Indian journal of veterinary science and animal husbandry - Volume 1,
Year: 1931
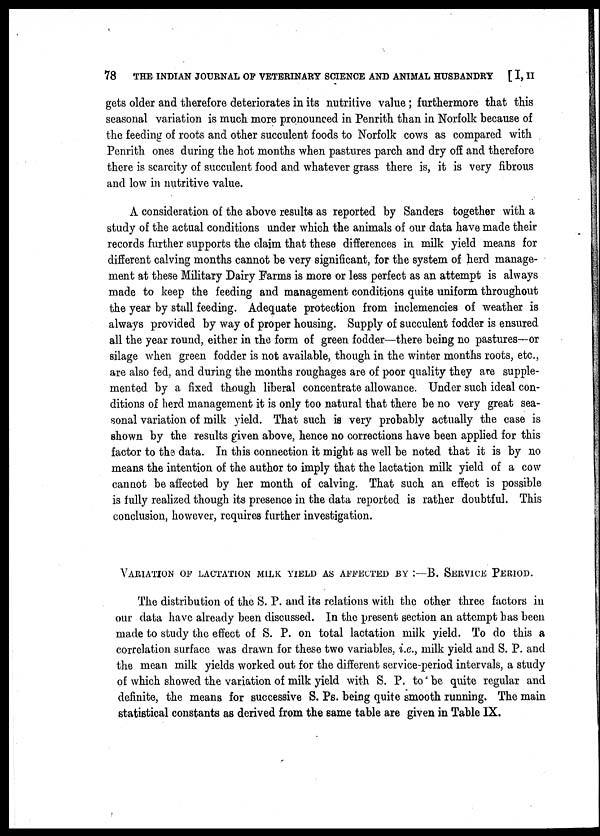
78 THE INDIAN JOURNAL OF VETERINARY SCIENCE AND ANIMAL HUSBANDRY [ I, II
gets older and therefore deteriorates in its nutritive value ; furthermore that this
seasonal variation is much more pronounced in Penrith than in Norfolk because of
the feeding of roots and other succulent foods to Norfolk cows as compared with
Penrith ones during the hot months when pastures parch and dry off and therefore
there is scarcity of succulent food and whatever grass there is, it is very fibrous
and low in nutritive value.
A consideration of the above results as reported by Sanders together with a
study of the actual conditions under which the animals of our data have made their
records further supports the claim that these differences in milk yield means for
different calving months cannot be very significant, for the system of herd manage-
ment at these Military Dairy Farms is more or less perfect as an attempt is always
made to keep the feeding and management conditions quite uniform throughout
the year by stall feeding. Adequate protection from inclemencies of weather is
always provided by way of proper housing. Supply of succulent fodder is ensured
all the year round, either in the form of green fodder—there being no pastures—or
silage when green fodder is not available, though in the winter months roots, etc.,
are also fed, and during the months roughages are of poor quality they are supple-
mented by a fixed though liberal concentrate allowance. Under such ideal con-
ditions of herd management it is only too natural that there be no very great sea-
sonal variation of milk yield. That such is very probably actually the case is
shown by the results given above, hence no corrections have been applied for this
factor to the data. In this connection it might as well be noted that it is by no
means the intention of the author to imply that the lactation milk yield of a cow
cannot be affected by her month of calving. That such an effect is possible
is fully realized though its presence in the data reported is rather doubtful. This
conclusion, however, requires further investigation.
VARIATION OF LACTATION MILK YIELD AS AFFECTED BY :—B. SERVICE PER
The distribution of the S. P. and its relations with the other three factors in
our data have already been discussed. In the present section an attempt has been
made to study the effect of S. P. on total lactation milk yield. To do this a
correlation surface was drawn for these two variables, i.e., milk yield and S. P. and
the mean milk yields worked out for the different service-period intervals, a study
of which showed the variation of milk yield with S. P. to be quite regular and
definite, the means for successive S. Ps. being quite smooth running. The main
statistical constants as derived from the same table are given in Table IX.